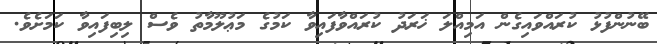
ބޭނުންފުޅު ކުރައްވައިގެން އަމިއްލަ ޚަރަދު ކުރައްވާފައިވާ ކަމުގެ މަޢުލޫމާތު ވެސް ލިބިފައިވާ ކަމަށެވެ.